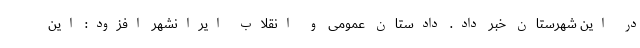
در این شهرستان خبر داد. دادستان عمومی و انقلاب ایرانشهر افزود: این